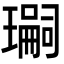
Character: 𭺂